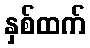
နှစ်ထက်